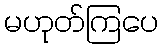
မဟုတ်ကြပေ